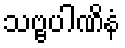
သဗ္ဗပါဏိနံ